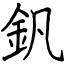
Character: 釩